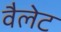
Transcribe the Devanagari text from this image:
वैलेट